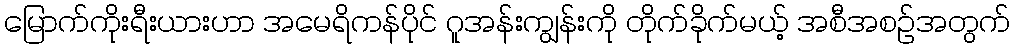
မြောက်ကိုးရီးယားဟာ အမေရိကန်ပိုင် ဂူအန်းကျွန်းကို တိုက်ခိုက်မယ့် အစီအစဉ်အတွက်